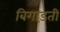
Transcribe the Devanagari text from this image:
बिगाड़ती